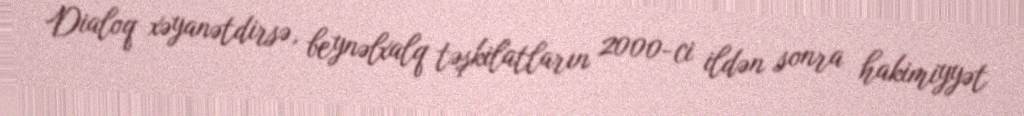
Dialoq xəyanətdirsə, beynəlxalq təşkilatların 2000-ci ildən sonra hakimiyyət